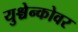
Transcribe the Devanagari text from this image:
युश्चेन्कोवर